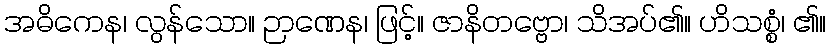
အဓိကေန၊ လွန်သော။ ဉာဏေန၊ ဖြင့်။ ဇာနိတဗ္ဗော၊ သိအပ်၏။ ဟိသစ္စံ၊ ၏။